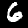
Digit: 6